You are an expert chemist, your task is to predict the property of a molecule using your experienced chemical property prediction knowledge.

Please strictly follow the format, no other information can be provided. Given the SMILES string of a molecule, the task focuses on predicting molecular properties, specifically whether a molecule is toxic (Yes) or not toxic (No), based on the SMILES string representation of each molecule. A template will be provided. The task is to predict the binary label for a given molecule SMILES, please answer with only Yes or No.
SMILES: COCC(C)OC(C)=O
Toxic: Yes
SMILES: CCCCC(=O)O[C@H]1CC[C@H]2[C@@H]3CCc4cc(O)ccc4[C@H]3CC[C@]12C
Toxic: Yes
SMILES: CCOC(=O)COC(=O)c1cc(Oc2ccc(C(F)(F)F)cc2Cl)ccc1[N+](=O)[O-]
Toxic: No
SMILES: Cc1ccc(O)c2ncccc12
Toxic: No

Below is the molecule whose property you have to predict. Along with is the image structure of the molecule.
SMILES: O=[N+]([O-])[O-].[Na+]
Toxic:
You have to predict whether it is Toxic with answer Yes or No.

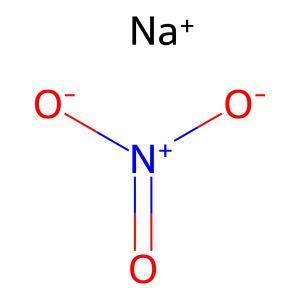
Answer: No